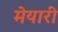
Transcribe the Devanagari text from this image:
मेयारी